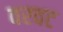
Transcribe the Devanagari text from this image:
वरवट